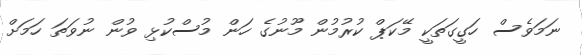
ނަަމަވެސް ހަގީގަތަކީ މޭކަޕް ކުރުމުން މޫނުގެ ހަން މުސްކުޅި ވުން ނުވަތަ ހަމަށް